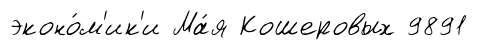
эконо́м'ик'и Ма́я Кошеровых 9891